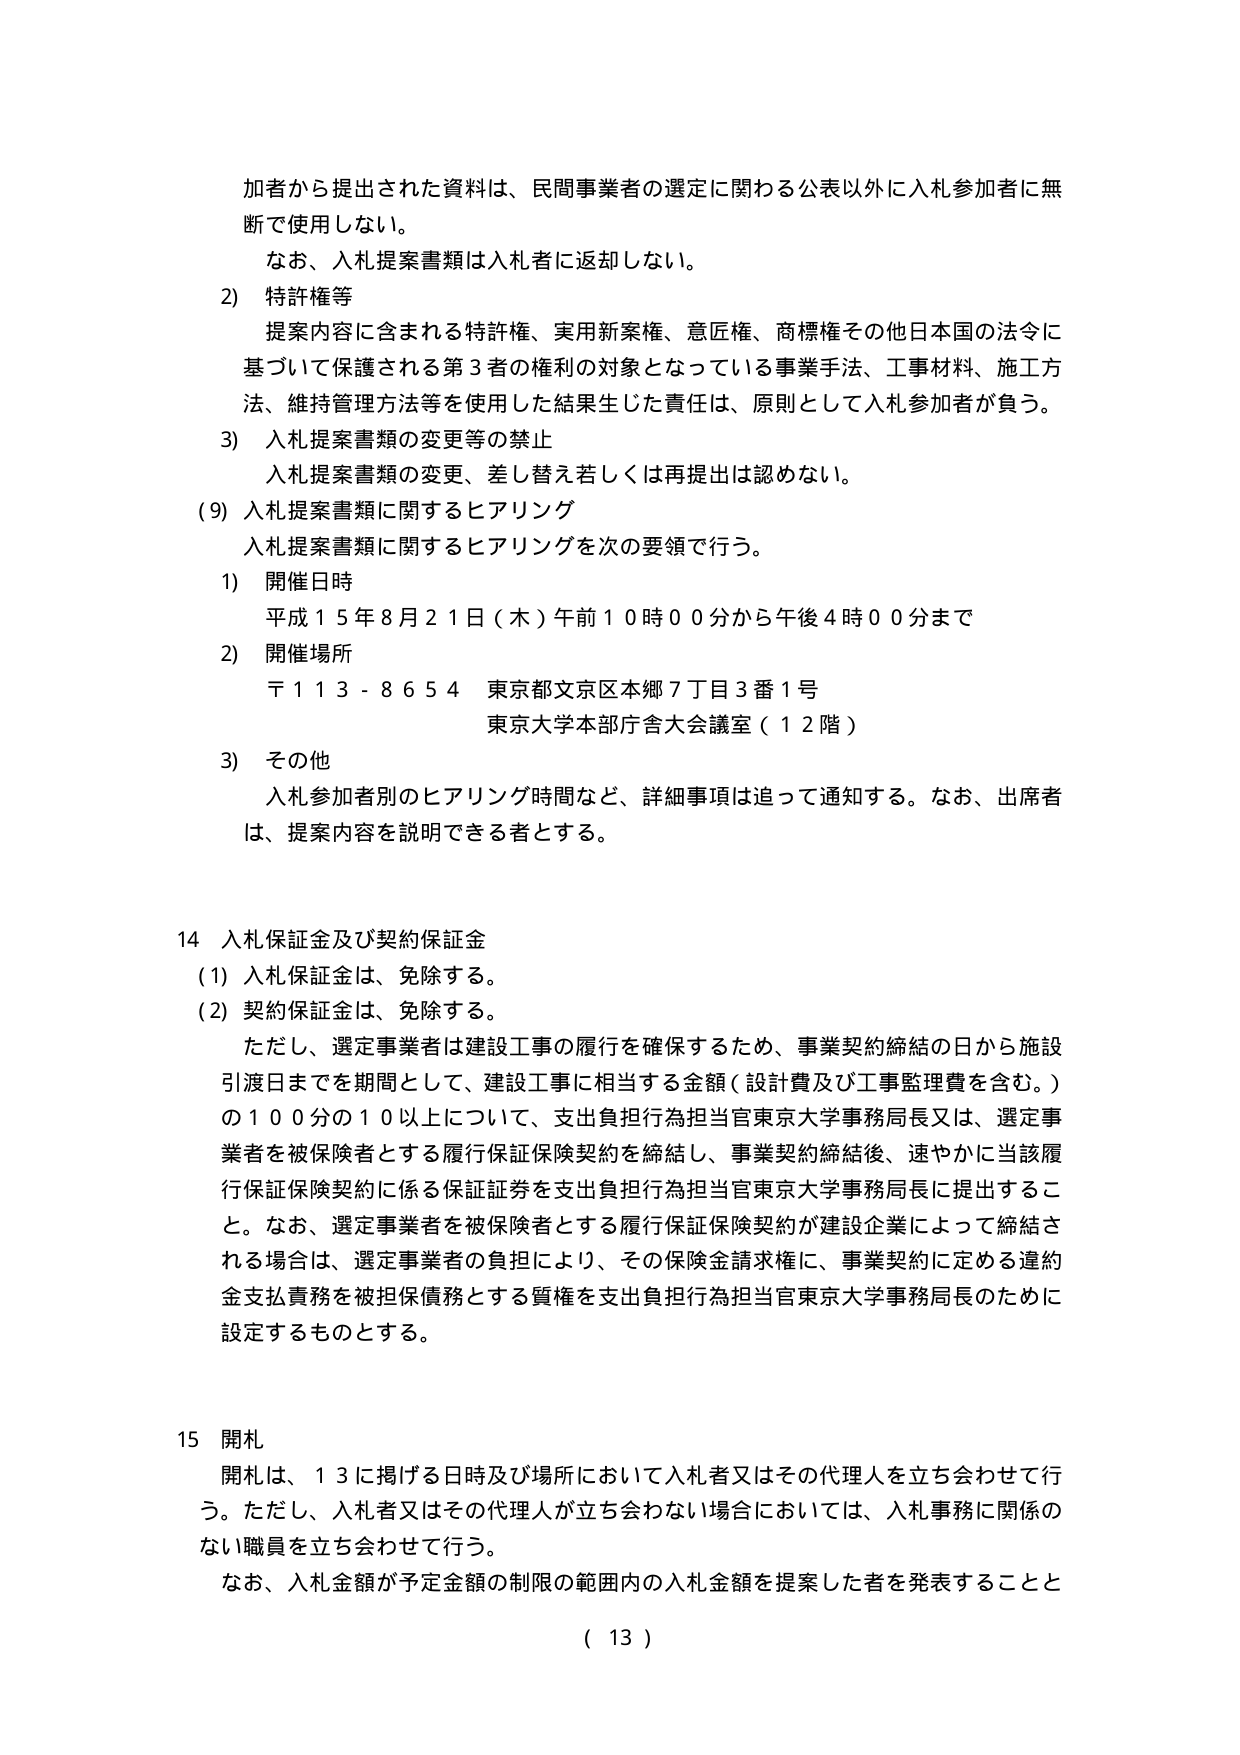
加者から提出された資料は、民間事業者の選定に関わる公表以外に入札参加者に無断で使用しない。
なお、入札提案書類は入札者に返却しない。

2) 特許権等
提案内容に含まれる特許権、実用新案権、意匠権、商標権その他日本国の法令に基づいて保護される第3者の権利の対象となっている事業手法、工事材料、施工方法、維持管理方法等を使用した結果生じた責任は、原則として入札参加者が負う。

3) 入札提案書類の変更等の禁止
入札提案書類の変更、差し替え若しくは再提出は認めない。

(9) 入札提案書類に関するヒアリング
入札提案書類に関するヒアリングを次の要領で行う。

1) 開催日時
平成15年8月21日（木）午前10時00分から午後4時00分まで

2) 開催場所
〒113-8654 東京都文京区本郷7丁目3番1号
東京大学本部庁舎大会議室（12階）

3) その他
入札参加者別のヒアリング時間など、詳細事項は追って通知する。なお、出席者は、提案内容を説明できる者とする。

14 入札保証金及び契約保証金
(1) 入札保証金は、免除する。
(2) 契約保証金は、免除する。
ただし、選定事業者は建設工事の履行を確保するため、事業契約締結の日から施設引渡日までを期間として、建設工事に相当する金額（設計費及び工事監理費を含む。）の100分の10以上について、支出負担行為担当官東京大学事務局長又は、選定事業者を被保険者とする履行保証保険契約を締結し、事業契約締結後、速やかに当該履行保証保険契約に係る保証証券を支出負担行為担当官東京大学事務局長に提出すること。なお、選定事業者を被保険者とする履行保証保険契約が建設企業によって締結される場合は、選定事業者の負担により、その保険金請求権に、事業契約に定める違約金支払責務を被担保債務とする質権を支出負担行為担当官東京大学事務局長のために設定するものとする。

15 開札
開札は、13に掲げる日時及び場所において入札者又はその代理人を立ち会わせて行う。ただし、入札者又はその代理人が立ち会わない場合においては、入札事務に関係のない職員を立ち会わせて行う。
なお、入札金額が予定金額の制限の範囲内の入札金額を提案した者を発表することと

( 13 )